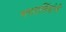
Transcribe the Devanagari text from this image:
भगतसिंहांनी